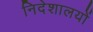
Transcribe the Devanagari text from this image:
निदेशालयों